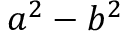
a ^ { 2 } - b ^ { 2 }